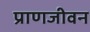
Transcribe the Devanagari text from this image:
प्राणजीवन